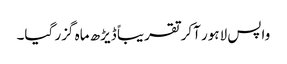
واپس لاہور آکر تقریباً ڈیڑھ ماہ گزر گیا۔